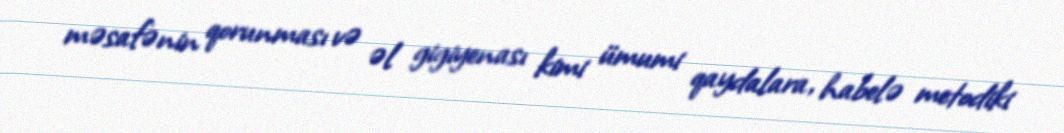
məsafənin qorunması və əl gigiyenası kimi ümumi qaydalara, habelə metodiki